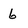
Character: 6